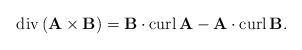
LaTeX: \begin{align*}\operatorname{div}\left( \mathbf{A}\times\mathbf{B}\right) =\mathbf{B}\cdot\operatorname{curl}\mathbf{A}-\mathbf{A}\cdot\operatorname{curl}\mathbf{B}.\end{align*}